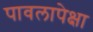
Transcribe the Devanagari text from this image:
पावलापेक्षा